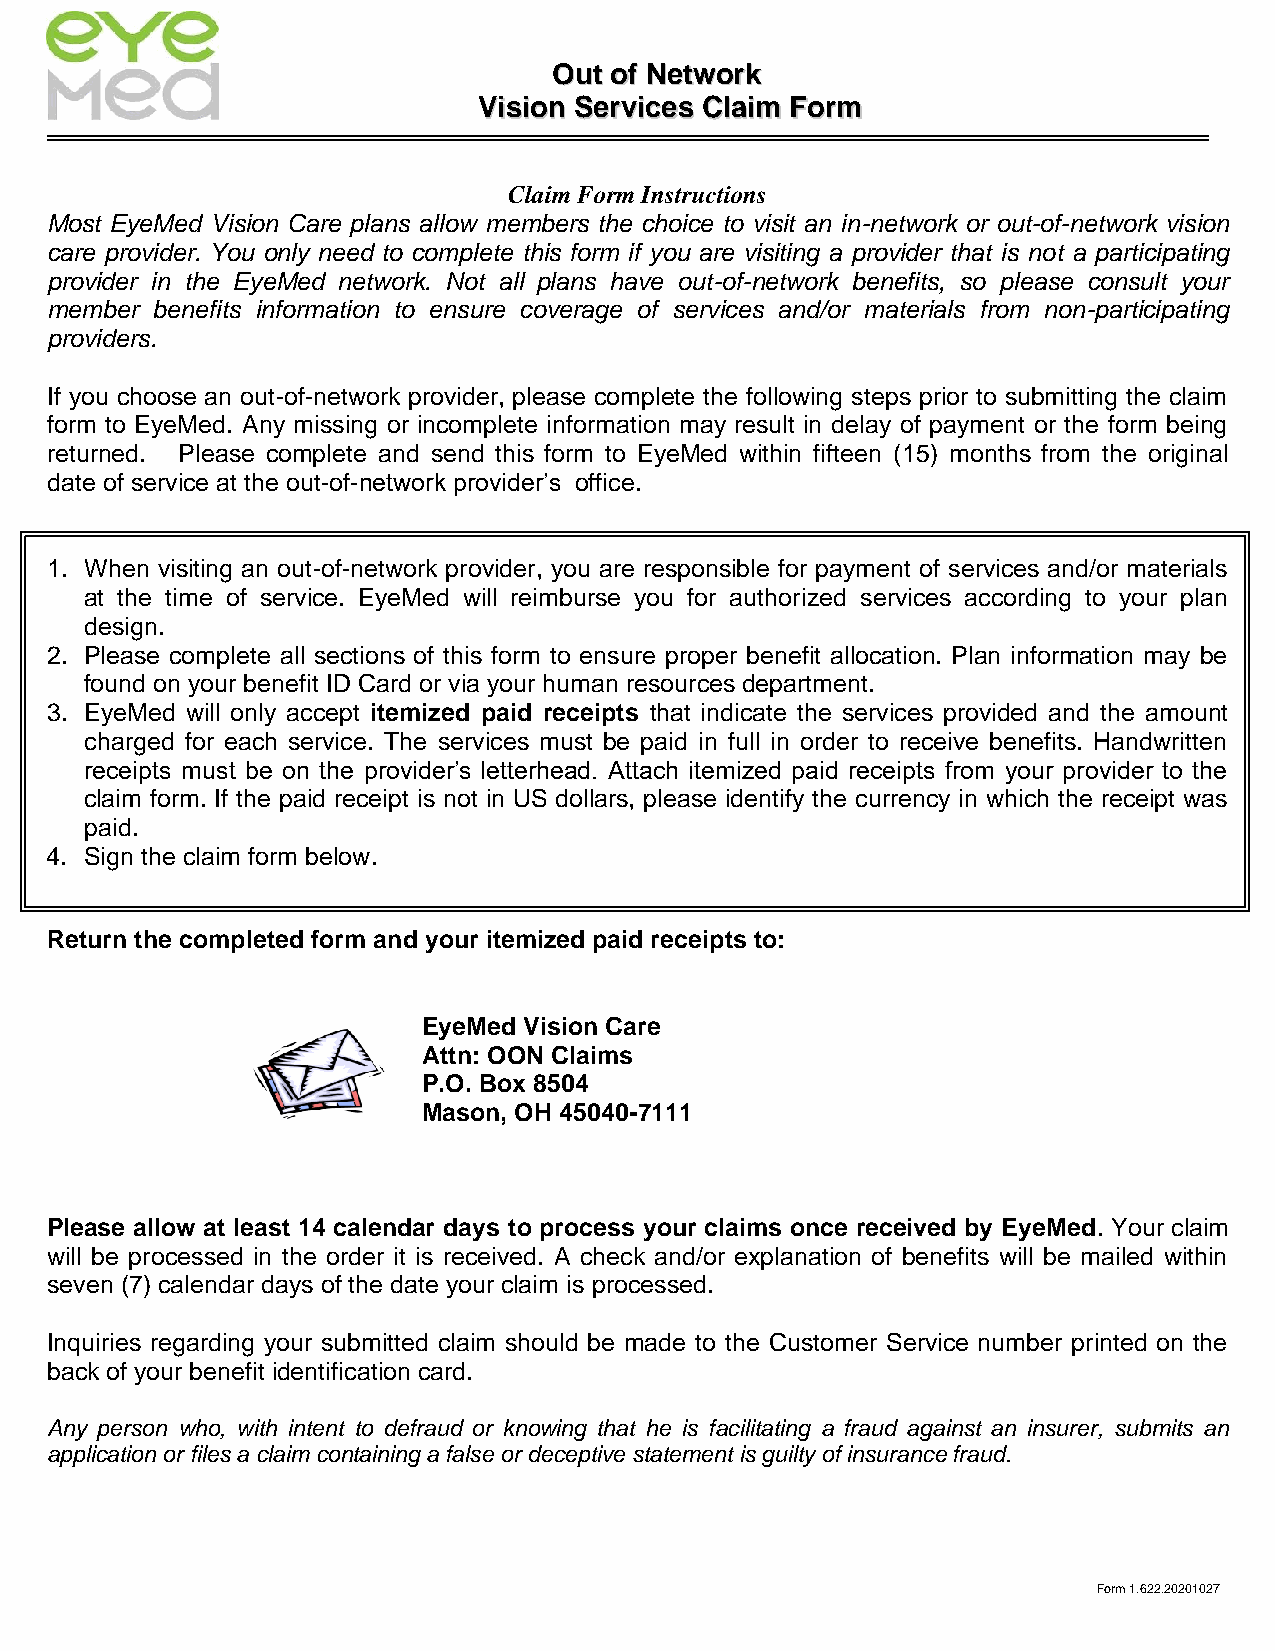
OOuutt ooff NNeettwwoorrkk
 VViissiioonn SSeerrvviicceess CCllaaiimm FFoorrmm
 Claim Form Instructions
 Most EyeMed Vision Care plans allow members the choice to visit an in-network or out-of-network vision
 care provider. You only need to complete this form if you are visiting a provider that is not a participating
 provider in the EyeMed network. Not all plans have out-of-network benefits, so please consult your
 member benefits information to ensure coverage of services and/or materials from non-participating
 providers.
 If you choose an out-of-network provider, please complete the following steps prior to submitting the claim
 form to EyeMed. Any missing or incomplete information may result in delay of payment or the form being
 returned. Please complete and send this form to EyeMed within fifteen (15) months from the original
 date of service at the out-of-network provider’s office.
 1. When visiting an out-of-network provider, you are responsible for payment of services and/or materials
 at the time of service. EyeMed will reimburse you for authorized services according to your plan
 design.
 2. Please complete all sections of this form to ensure proper benefit allocation. Plan information may be
 found on your benefit ID Card or via your human resources department.
 3. EyeMed will only accept itemized paid receipts that indicate the services provided and the amount
 charged for each service. The services must be paid in full in order to receive benefits. Handwritten
 receipts must be on the provider’s letterhead. Attach itemized paid receipts from your provider to the
 claim form. If the paid receipt is not in US dollars, please identify the currency in which the receipt was
 paid.
 4. Sign the claim form below.
 Return the completed form and your itemized paid receipts to:
 EyeMed Vision Care
 Attn: OON Claims
 P.O. Box 8504
 Mason, OH 45040-7111
 Please allow at least 14 calendar days to process your claims once received by EyeMed. Your claim
 will be processed in the order it is received. A check and/or explanation of benefits will be mailed within
 seven (7) calendar days of the date your claim is processed.
 Inquiries regarding your submitted claim should be made to the Customer Service number printed on the
 back of your benefit identification card.
 Any person who, with intent to defraud or knowing that he is facilitating a fraud against an insurer, submits an
 application or files a claim containing a false or deceptive statement is guilty of insurance fraud.
 Form 1.622.20201027